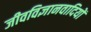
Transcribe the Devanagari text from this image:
जीवविज्ञानवादियों